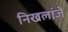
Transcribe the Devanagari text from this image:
निखलांजे